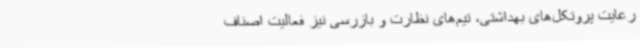
رعایت پروتکل‌های بهداشتی، تیم‌های نظارت و بازرسی نیز فعالیت اصناف